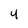
Character: 4